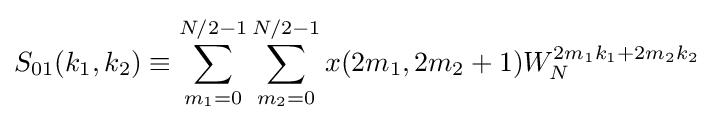
S_{01}(k_{1},k_{2})\equiv \sum _{m_{1}=0}^{N/2-1}\sum _{m_{2}=0}^{N/2-1}x(2m_{1},2m_{2}+1)W_{N}^{2m_{1}k_{1}+2m_{2}k_{2}}